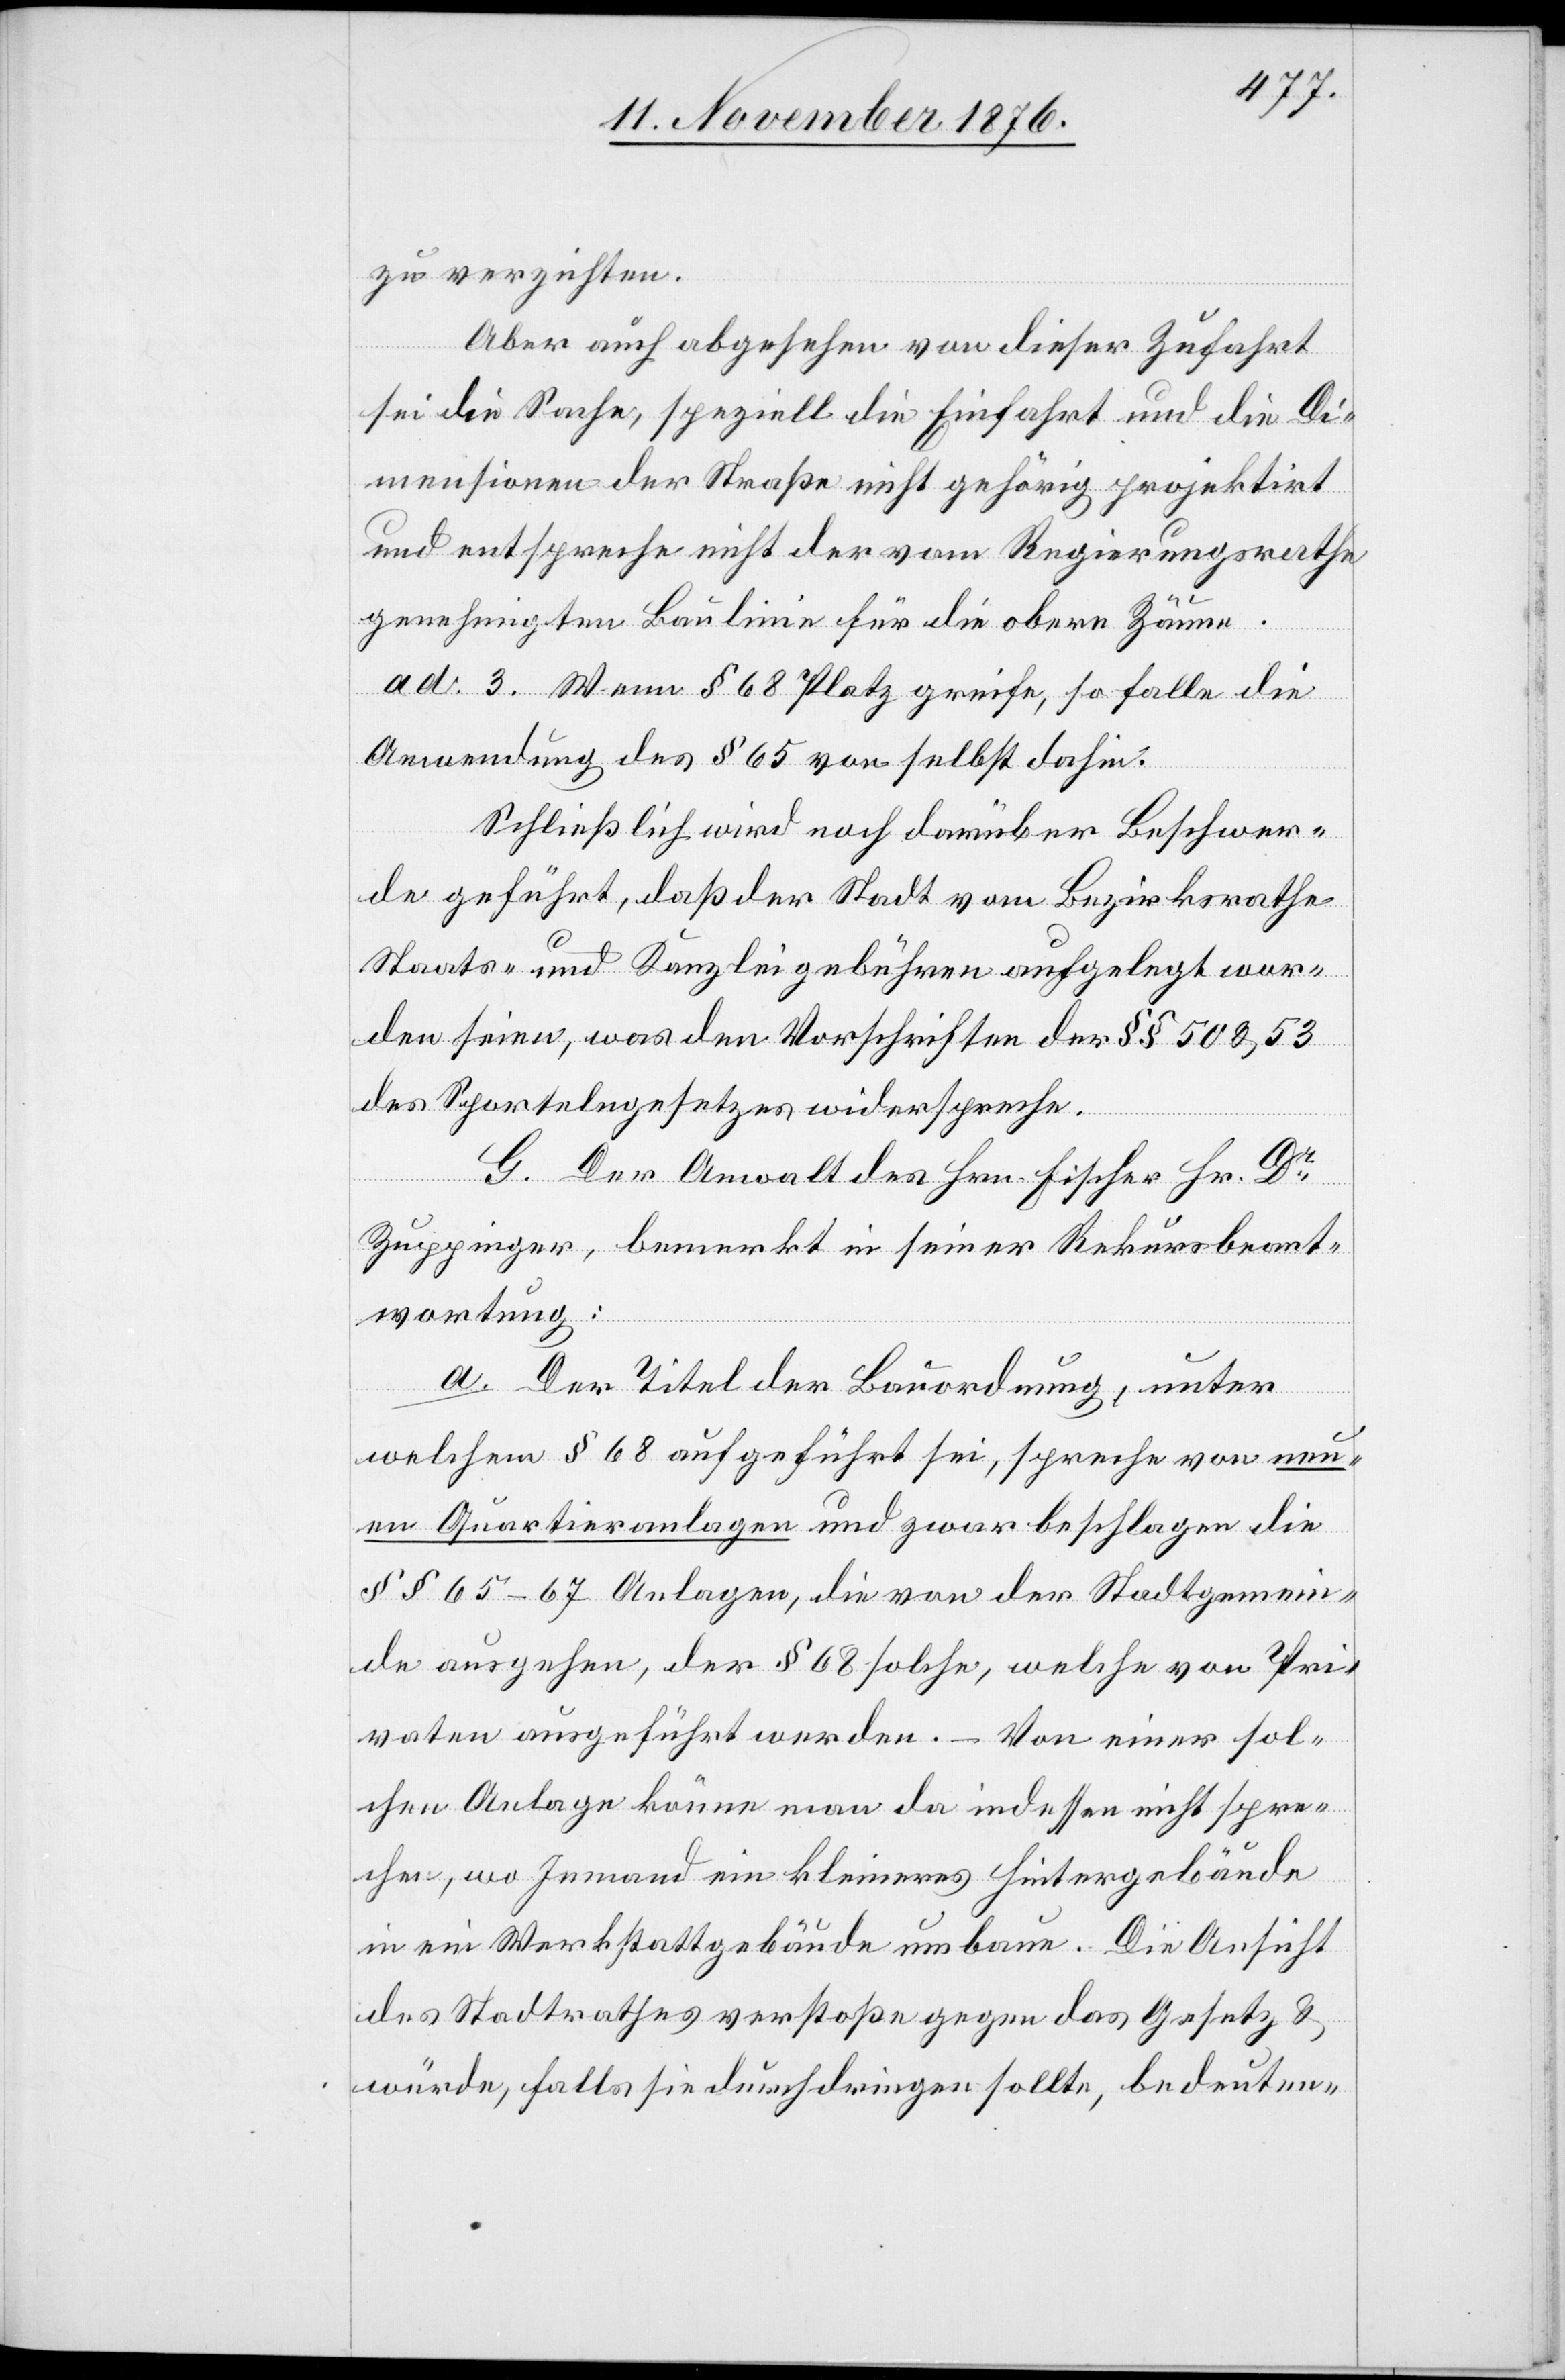
zu verzichten.
Aber auch abgesehen von dieser Zufahrt
sei die Sache, speziell die Einfahrt und die Di¬
mensionen der Straße nicht gehörig projektirt
und entspreche nicht der vom Regierungsrathe
genehmigten Baulinie für die obern Zäune.
ad 3. Wenn § 68 Platz greife, so falle die
Anwendung des § 65 von selbst dahin.
Schließlich wird noch darüber Beschwer¬
de geführt, daß der Stadt vom Bezirksrathe
Staats- und Kanzleigebühren aufgelegt wor¬
den seien, was den Vorschriften der §§ 50 & 53
des Sportelngesetzes widerspreche.
G. Der Anwalt des Hrn. Fischer Hr. Dr
Zuppinger, bemerkt in seiner Rekursbeant¬
wortung:
a. Der Titel der Bauordnung, unter
welchem § 68 aufgeführt sei, spreche von neu¬
en Quartieranlagen und zwar beschlagen die
§§ 65–67 Anlagen, die von der Stadtgemein¬
de ausgehen, der § 68 solche, welche von Pri¬
vaten ausgeführt werden. – Von einer sol¬
chen Anlage könne man da indessen nicht spre¬
chen, wo Jemand ein kleineres Hintergebäude
in ein Werkstattgebäude umbaue. Die Aussicht
des Stadtrathes verstoße gegen das Gesetz &
würde, falls sie durchdringen sollte, bedeuten-